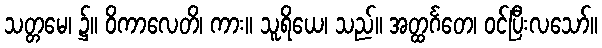
သတ္တမေ၊ ၌။ ဝိကာလေတိ၊ ကား။ သူရိယေ၊ သည်။ အတ္ထင်္ဂတေ၊ ဝင်ပြီးလသော်။